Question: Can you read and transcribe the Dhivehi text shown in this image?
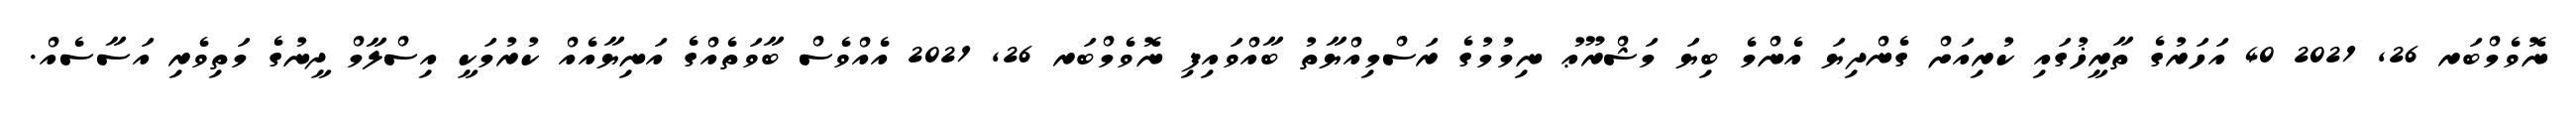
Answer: ނޮވެމްބަރ 26, 2021 40 އަހަރުގެ ތާރީޚުގައި ކުރިއަށް ގެންދިޔަ އެންމެ ބިޔަ މަޝްރޫޢު ނިމުމުގެ ރަސްމިއްޔާތު ބާއްވައިފި ނޮވެމްބަރ 26, 2021 އެއްވެސް ބާވަތެއްގެ އަނިޔާއެއް ކުރުމަކީ އިސްލާމް ދީނުގެ މަތިވެރި އަސާސެއް.